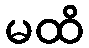
မထိ